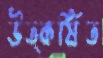
উত্কর্ষিত